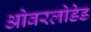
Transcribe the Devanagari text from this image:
ओवरलोडेड